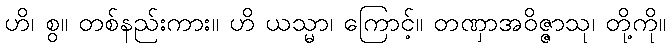
ဟိ၊ စွ။ တစ်နည်းကား။ ဟိ ယသ္မာ၊ ကြောင့်။ တဏှာအဝိဇ္ဇာသု၊ တို့ကို။